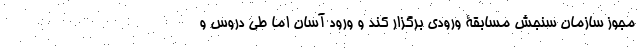
مجوز سازمان سنجش مسابقۀ ورودی برگزار کند و ورود آسان اما طی دروس و